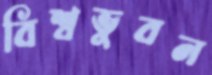
বিশ্বভুবন